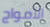
الأمواج